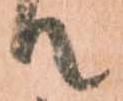
て